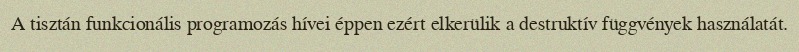
A tisztán funkcionális programozás hívei éppen ezért elkerülik a destruktív függvények használatát.